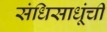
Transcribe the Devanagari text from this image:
संधिसाधूंची